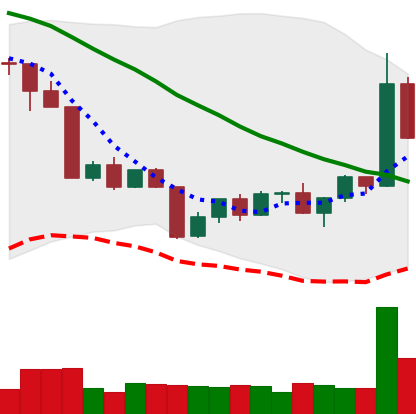
Ticker: TRX-USD
Chart end date: 2022-04-22
Forward return: -5.344%
Label: down_5_7